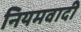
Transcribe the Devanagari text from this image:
नियमवादी